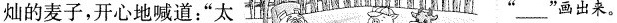
灿的麦子，开心地喊道：“太 “___”画出来。